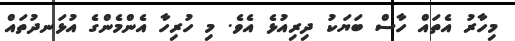
މިހާރު އެތައް ހާސް ބަޔަކު ދިރިއުޅެ އެވެ. މި ހުރިހާ އެންމެންގެ އުޅަނދުތައް